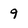
Character: 9